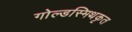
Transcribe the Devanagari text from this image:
गोल्डस्मिथकृत